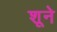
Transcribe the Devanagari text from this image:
शूने